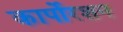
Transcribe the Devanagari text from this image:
कार्पोरशन